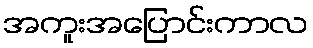
အကူးအပြောင်းကာလ